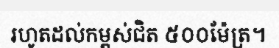
រហូតដល់កម្ពស់ជិត ៥០០ម៉ែត្រ។